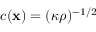
c ( { \bf x } ) = ( \kappa \rho ) ^ { - 1 / 2 }